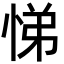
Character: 悌